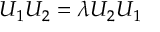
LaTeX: U _ { 1 } U _ { 2 } = \lambda U _ { 2 } U _ { 1 }